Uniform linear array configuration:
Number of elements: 12
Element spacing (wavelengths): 0.75
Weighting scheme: hamming
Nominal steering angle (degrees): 30
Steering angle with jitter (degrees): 30.756
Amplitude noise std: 0.05
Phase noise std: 0.05

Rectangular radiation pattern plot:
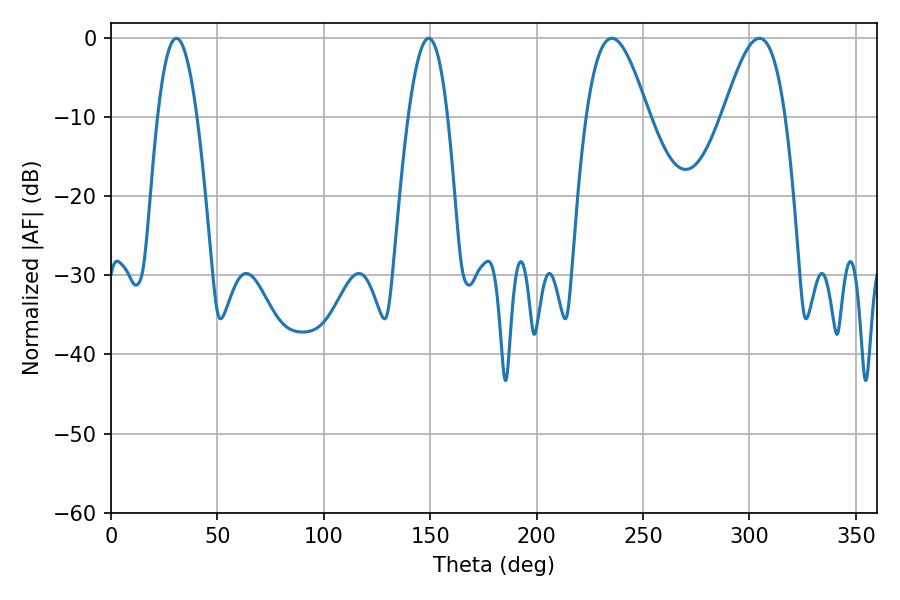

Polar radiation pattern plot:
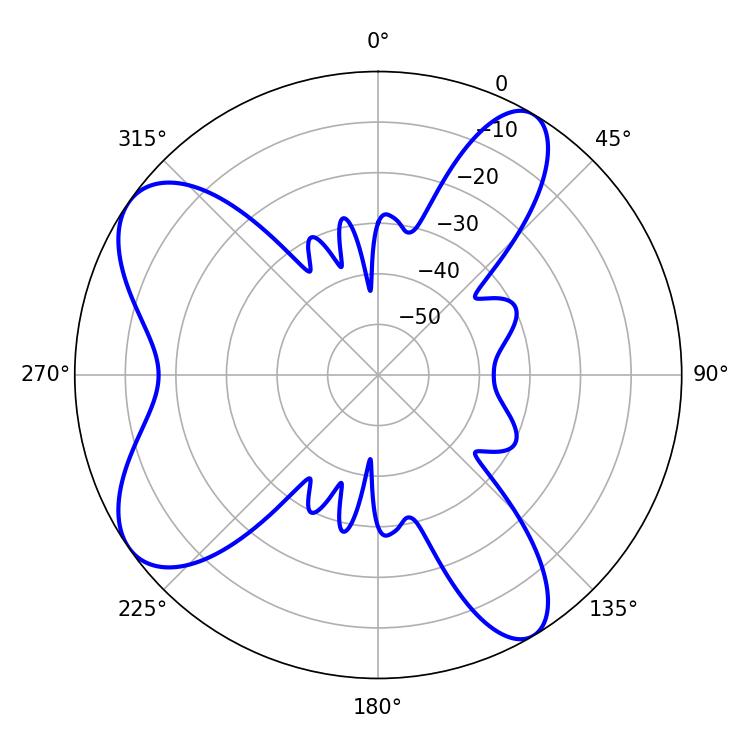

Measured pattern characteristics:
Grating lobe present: TRUE
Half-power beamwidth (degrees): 15.84
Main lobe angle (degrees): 235.26